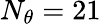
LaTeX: N_{\theta}=21